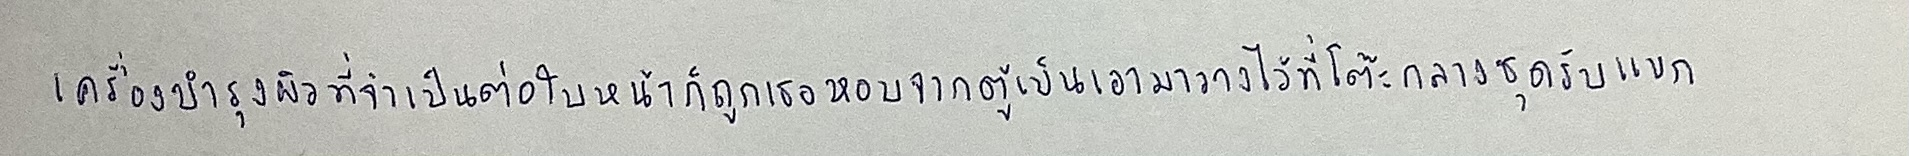
เครื่องบำรุงผิวที่จำเป็นต่อใบหน้าก็ถูกเธอหอบจากตู้เย็นเอามาวางไว้ที่โต๊ะกลางชุดรับแขก